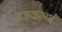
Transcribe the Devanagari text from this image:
उजळल्या